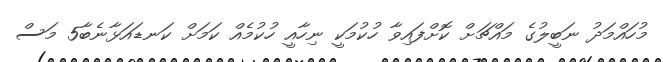
މުހައްމަދު ނަބީލުގެ މައްޗަށް ކޮށްފައިވާ ހުކުމަކީ ނިހާއީ ހުކުމެއް ކަމަށް ކަނޑައަޅާނެބާ5 މަސް